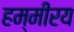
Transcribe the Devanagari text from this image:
हम्मीरय